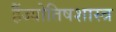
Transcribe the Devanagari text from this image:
हैंज्योतिषशास्त्र